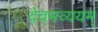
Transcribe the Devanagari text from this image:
देवमव्ययम्